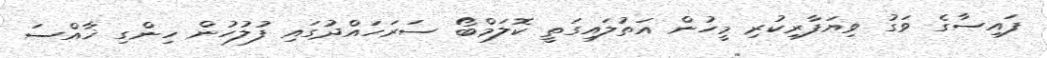
ފައިސާގެ ވަގު ވިޔަފާރިކުރި މީހުން އަތުލައިގަތީ ކޮލަމްބޯ ސަރަހައްދުގައި ފުލުހުން ހިންގި ޚާއްސަ